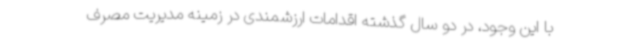
با این وجود، در دو سال گذشته اقدامات ارزشمندی در زمینه مدیریت مصرف